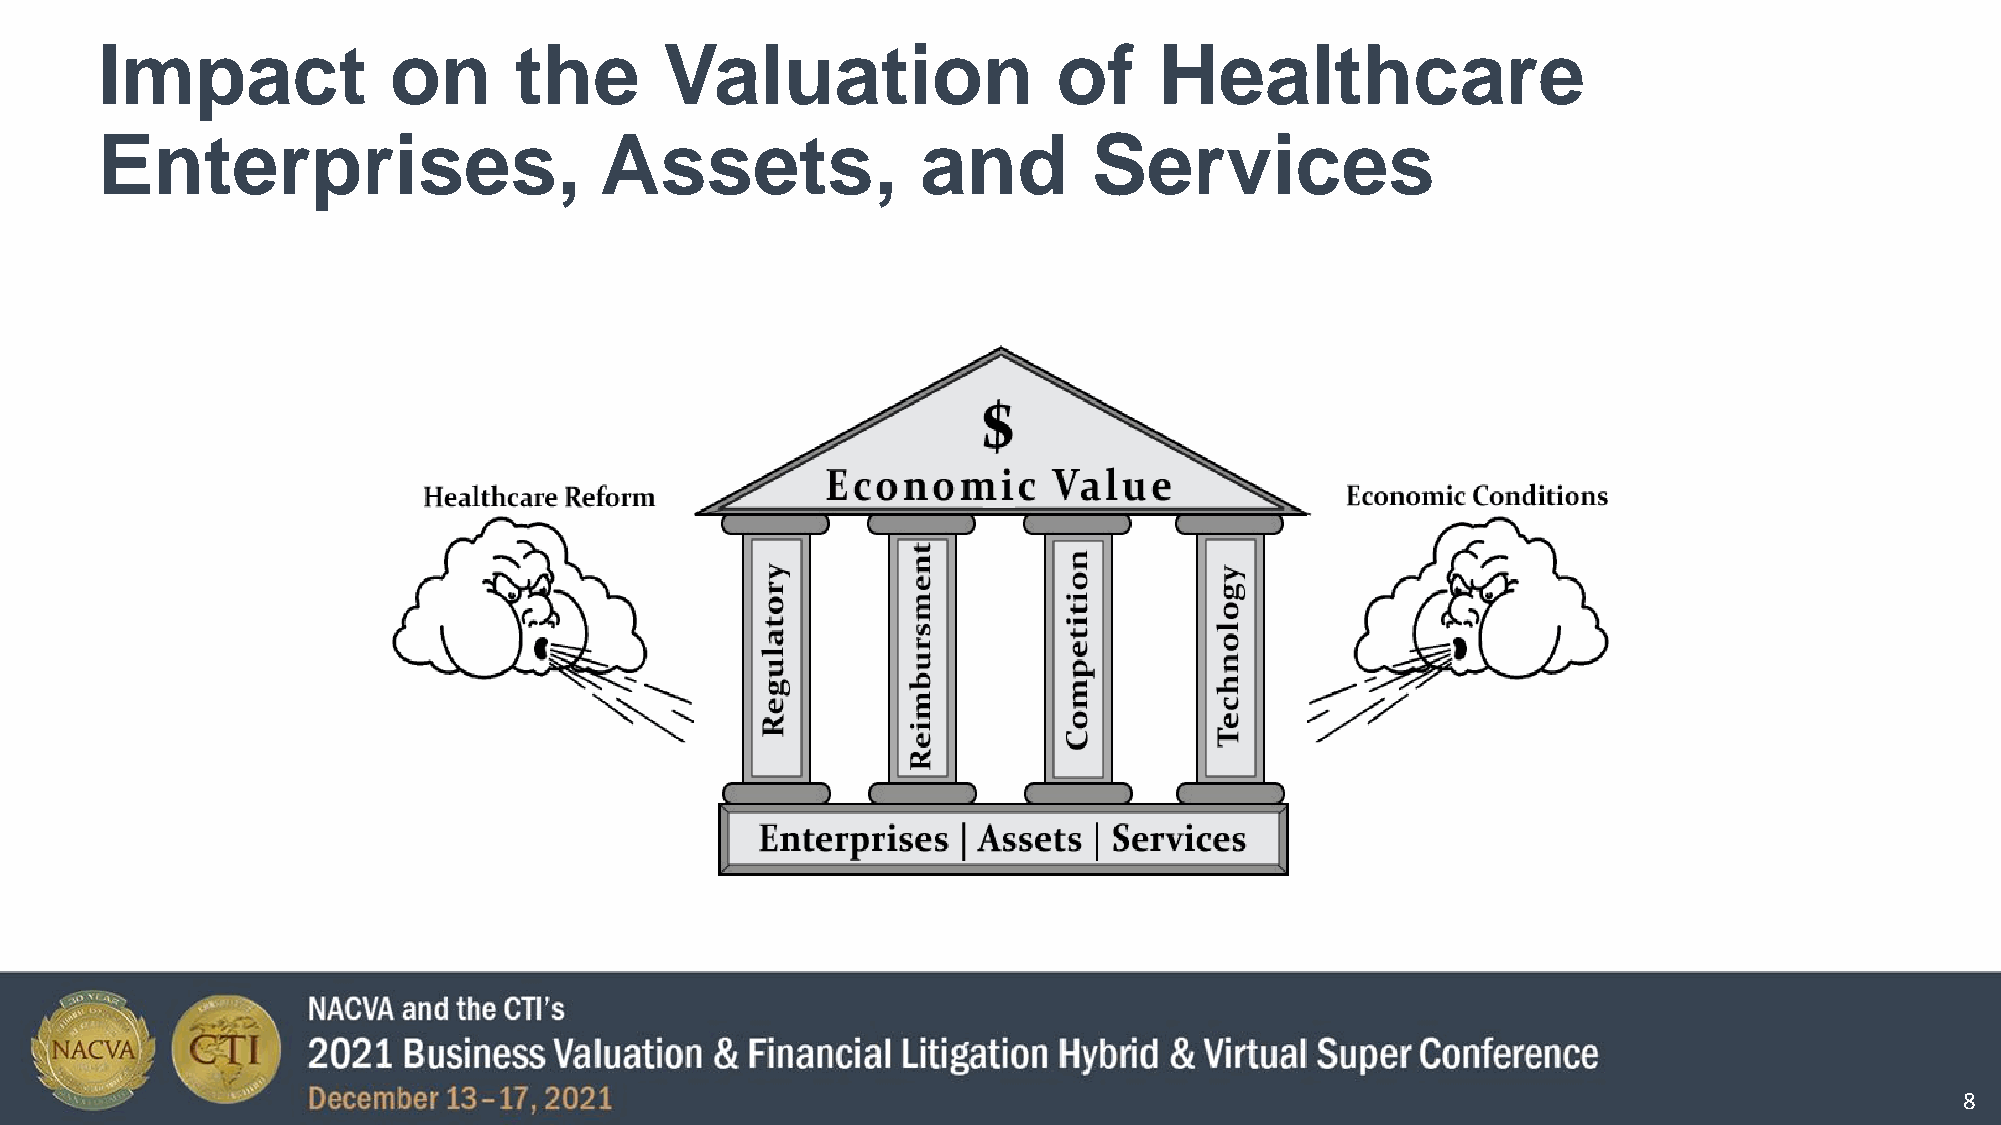
Impact              on      the       Valuation                 of     Healthcare
 Enterprises,                      Assets,              and        Services
 8